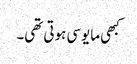
کبھی مایوسی ہوتی تھی۔